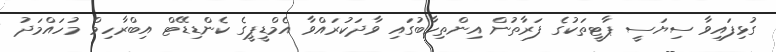
ގުޅިފައިވާ ސިޔަސީ ޕާޓީތަކުގެ ފަރާތުން އިންތިހާބުގައި ވާދަކުރައްވާ އެމްޑީޕީގެ ކެންޑިޑޭޓް އިބްރާހިމް މުހައްމަދު